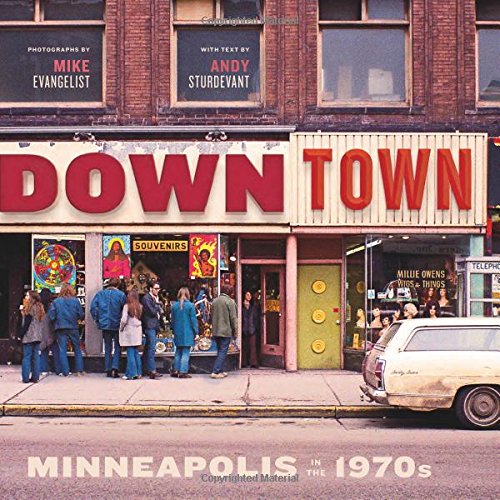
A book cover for Downtown: Minneapolis in the 1970s; Mike Evangelist; Arts & Photography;